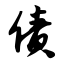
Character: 债